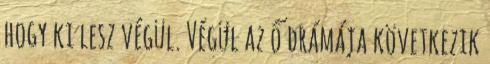
hogy ki lesz végül. Végül az ő drámája következik